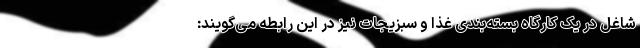
شاغل در یک کارگاه بسته‌بندی غذا و سبزیجات نیز در این رابطه می‌گویند: